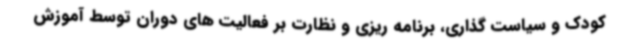
کودک و سیاست گذاری، برنامه ریزی و نظارت بر فعالیت های دوران توسط آموزش